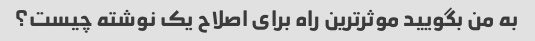
به من بگویید موثرترین راه برای اصلاح یک نوشته چیست؟